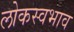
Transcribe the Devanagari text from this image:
लोकस्वभाव